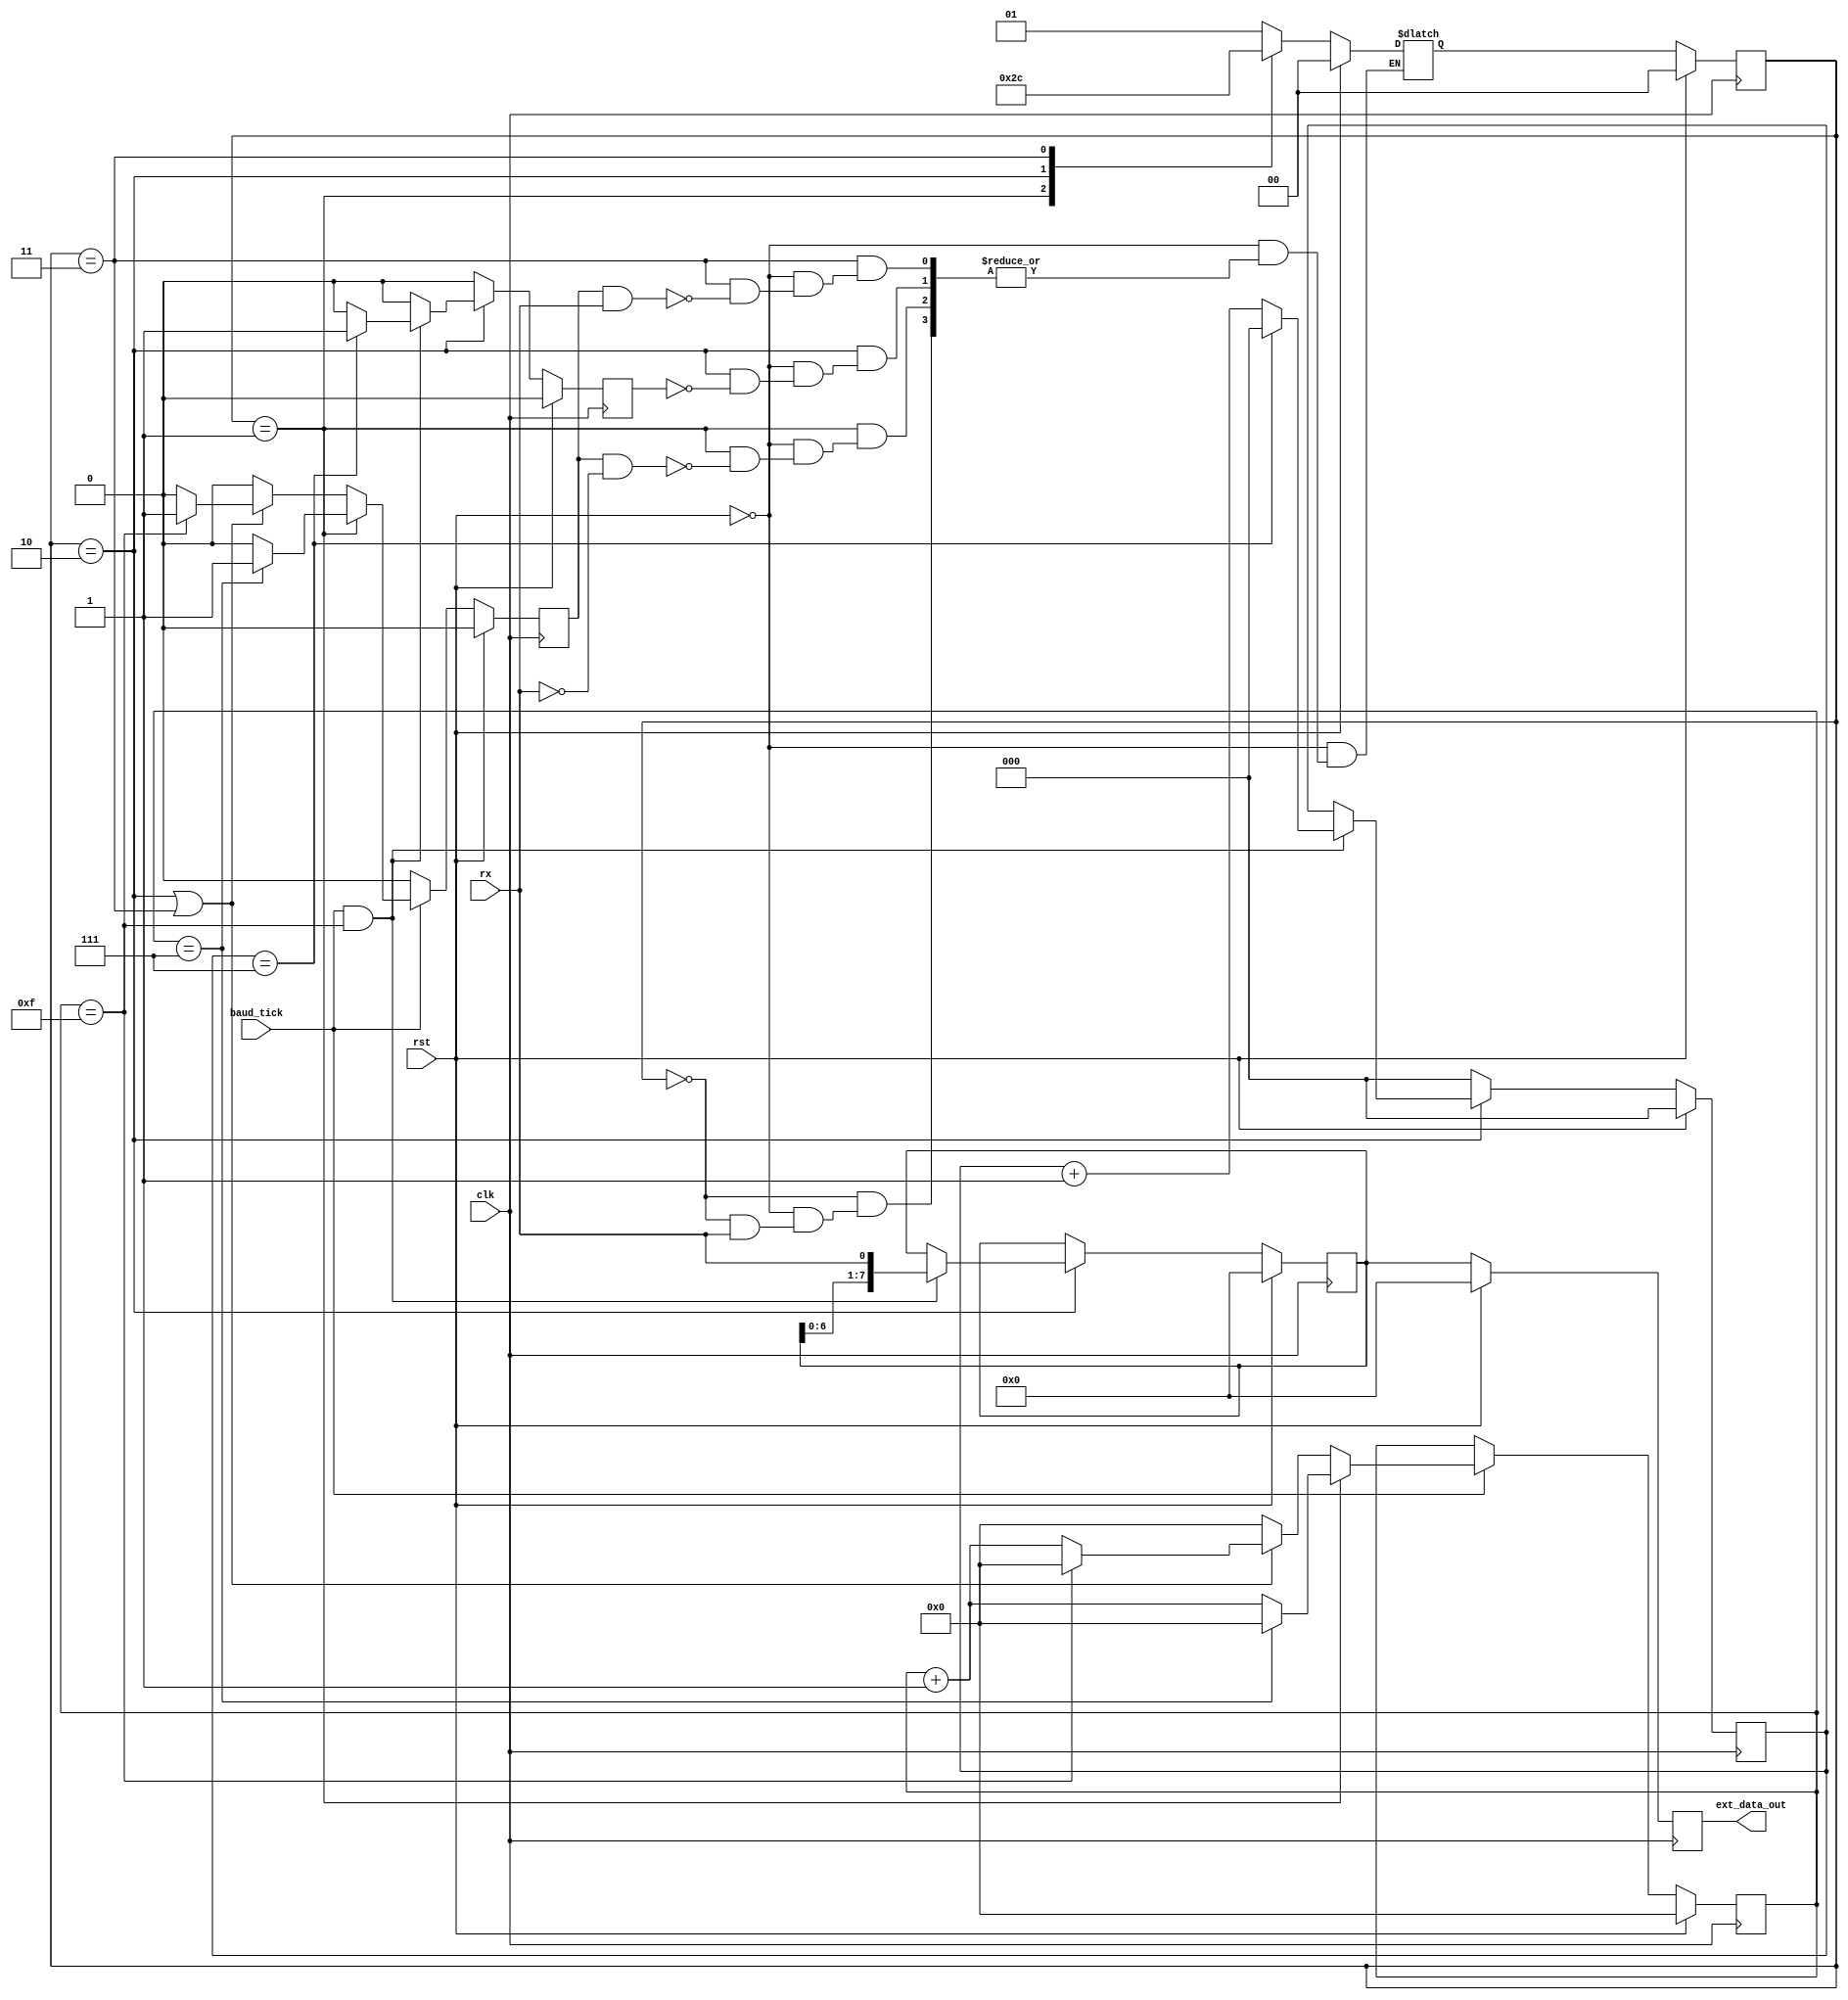
module uart_rx (
    input clk,
    input rst,
    input baud_tick,
    input rx,
    output reg [7:0] ext_data_out
);
    
    reg [3:0] count_16;
    reg count_16_indication;

    always @(posedge clk) begin
        if (rst) begin
            count_16 <= 0;
            count_16_indication <= 0;
        end
        else begin
            if (baud_tick == 1) begin
                if (current_state == START) begin
                    if (count_16 == 7) begin
                        count_16 <= 0;
                        count_16_indication <= 1;
                    end
                    else begin
                        count_16 <= count_16 + 1;
                        count_16_indication <= 0;
                    end
                end
                else if ((current_state == DATA) || (current_state == STOP)) begin
                    if (count_16 == 15) begin
                        count_16 <= 0;
                        count_16_indication <= 1;
                    end
                    else begin
                        count_16 <= count_16 + 1;
                        count_16_indication <= 0;
                    end
                end
                else begin
                    count_16 <= 0;
                    count_16_indication <= 0;
                end
            end
            else begin
                count_16 <= count_16;
                count_16_indication <= 0;
            end
        end
    end

    reg [2:0] count_8;
    reg count_8_indication;
    reg [7:0] data_save;

    always @(posedge clk) begin
        if (rst) begin
            count_8 <= 0;
            count_8_indication <= 0;
            data_save <= 0;
        end
        else begin
            if (current_state == DATA) begin
                if ((baud_tick == 1) && (count_16 == 15)) begin
                    if (count_8 == 7) begin
                        count_8 <= 0;
                        count_8_indication <= 1;
                        data_save <= {data_save[6:0],rx};
                    end
                    else begin
                        count_8 <= count_8 + 1;
                        count_8_indication <= 0;
                        data_save <= {data_save[6:0],rx};
                    end
                end
                else begin
                    count_8 <= count_8;
                    count_8_indication <= 0;
                    data_save <= data_save;
                end
            end
            else begin
                count_8 <= 0;
                count_8_indication <= 0;
                data_save <= data_save;
            end
        end
    end

    always @(posedge clk) begin
        if (rst) begin
            ext_data_out <= 0;
        end
        else begin
            ext_data_out <= data_save;
        end
    end

    // Finite State Machine

    localparam IDLE = 0;
    localparam START = 1;
    localparam DATA = 2;
    localparam STOP = 3;

    reg [1:0] current_state, next_state;

    always @(posedge clk) begin
        if (rst) begin
            current_state <= 0;
        end
        else begin
            current_state <= next_state;
        end
    end

    always @(*) begin
        if (rst) begin
            next_state = 0;
        end
        else begin
            case (current_state)
                IDLE: begin
                    if (rx == 0) begin
                        next_state = START;
                    end
                end
                START: begin
                    if ((count_16_indication == 1) && (rx == 0)) begin
                        next_state = DATA;
                    end
                end
                DATA: begin
                    if (count_8_indication == 1) begin
                        next_state = STOP;
                    end
                end
                STOP: begin
                    if ((count_16_indication == 1) && (rx == 1)) begin
                        next_state = IDLE;
                    end
                end
                default: next_state = IDLE;
            endcase
        end
    end

endmodule